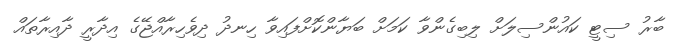
ބާރު ސިޓީ ކައުންސިލަށް ލިބިގެންވާ ކަމަށް ބަޔާންކޮށްފައިވާ ހިނދު ދިވެހިރާއްޖޭގެ އިދާރީ ދާއިރާތައް